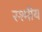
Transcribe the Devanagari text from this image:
रश्मीय